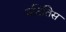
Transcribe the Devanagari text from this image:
रुदितिस